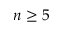
n \geq 5